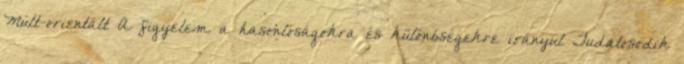
Múlt-orientált A figyelem a hasonlóságokra és különbségekre irányul Tudatosodik